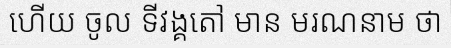
ហើយ ចូល ទីវង្គតៅ មាន មរណនាម ថា